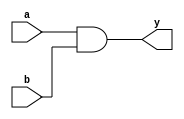
module simple_assign (
    input wire a,
    input wire b,
    output reg y
);

// Assign statement to model a simple AND gate
assign y = a & b;

endmodule